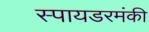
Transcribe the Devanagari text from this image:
स्पायडरमंकी